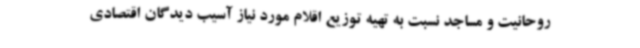
روحانیت و مساجد نسبت به تهیه توزیع اقلام مورد نیاز آسیب دیدگان اقتصادی